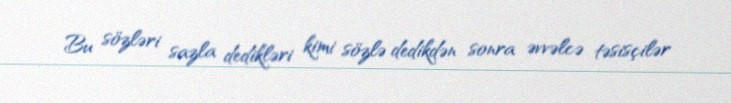
Bu sözləri sazla dedikləri kimi sözlə dedikdən sonra əvvəlcə təsisçilər